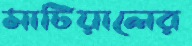
মাটিয়ালের